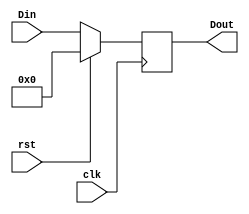
module ffD(clk, rst, Din, Dout);

input clk, rst;
input [31:0]Din;
output [31:0]Dout;
reg [31:0]Dout;

always@(posedge clk) 
begin
	if(rst==1)
	Dout <= 0;
	else
	Dout <= Din;
end

endmodule